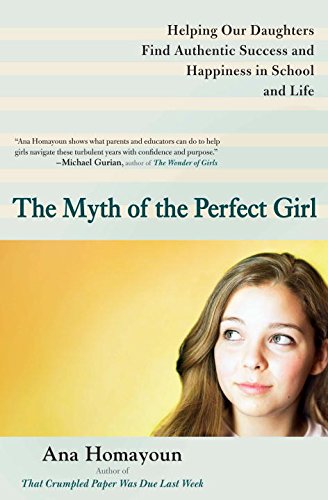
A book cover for The Myth of the Perfect Girl: Helping Our Daughters Find Authentic Success and Happiness in School and Life; Ana Homayoun; Parenting & Relationships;